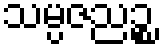
သမ္ပဇညဉ္စ